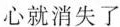
心就消失了